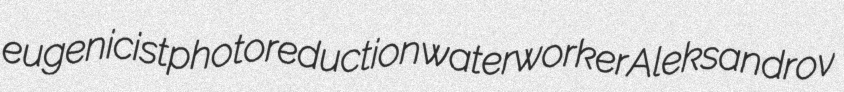
eugenicist photoreduction waterworker Aleksandrov